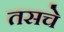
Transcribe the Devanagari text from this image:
तसचे